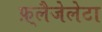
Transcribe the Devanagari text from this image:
फ़्लैजेलेटा